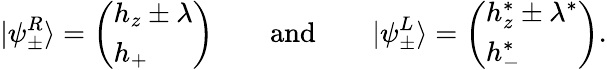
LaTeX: |\psi_{\pm}^{R}\rangle=\left(\begin{array}{l}{h_{z}\pm\lambda}\\ {h_{+}}\end{array}\right)\qquad\textnormal{and}\qquad|\psi_{\pm}^{L}\rangle=\left(\begin{array}{l}{h_{z}^{*}\pm\lambda^{*}}\\ {h_{-}^{*}}\end{array}\right).